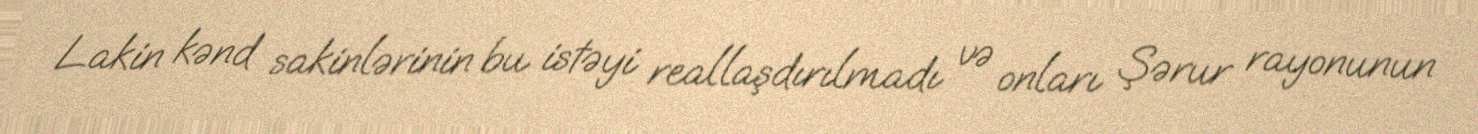
Lakin kənd sakinlərinin bu istəyi reallaşdırılmadı və onları Şərur rayonunun